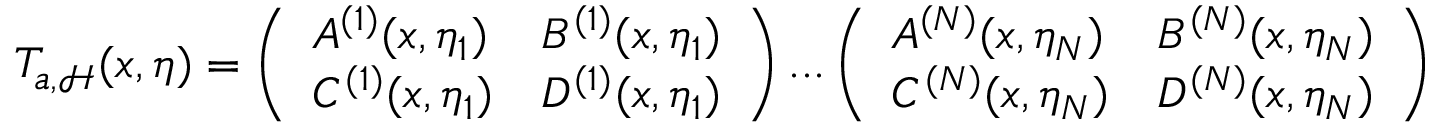
T _ { a , \mathcal { H } } ( x , \boldsymbol { \eta } ) = \left( \begin{array} { l l } { A ^ { ( 1 ) } ( x , \eta _ { 1 } ) } & { B ^ { ( 1 ) } ( x , \eta _ { 1 } ) } \\ { C ^ { ( 1 ) } ( x , \eta _ { 1 } ) } & { D ^ { ( 1 ) } ( x , \eta _ { 1 } ) } \end{array} \right) . . . \left( \begin{array} { l l } { A ^ { ( N ) } ( x , \eta _ { N } ) } & { B ^ { ( N ) } ( x , \eta _ { N } ) } \\ { C ^ { ( N ) } ( x , \eta _ { N } ) } & { D ^ { ( N ) } ( x , \eta _ { N } ) } \end{array} \right)